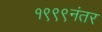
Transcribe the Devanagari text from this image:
१९९९नंतर